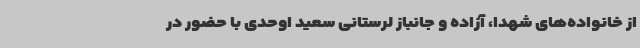
از خانواده‌های شهدا، آزاده و جانباز لرستانی سعید اوحدی با حضور در